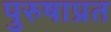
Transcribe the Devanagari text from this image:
पुरुषाप्रत